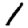
Digit: 1